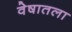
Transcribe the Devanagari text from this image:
वेषातला